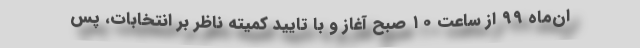
ان‌ماه ۹۹ از ساعت ۱۰ صبح آغاز و با تایید کمیته ناظر بر انتخابات، پس